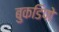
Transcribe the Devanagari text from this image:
बुकडिपो